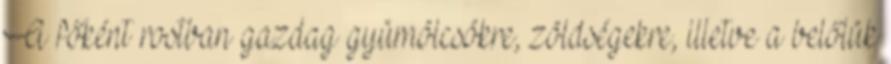
A főként rostban gazdag gyümölcsökre, zöldségekre, illetve a belőlük